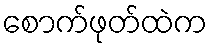
စောက်ဖုတ်ထဲက